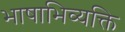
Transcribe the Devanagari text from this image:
भाषाभिव्यक्ति